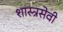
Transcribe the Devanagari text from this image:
शास्त्रसेवी